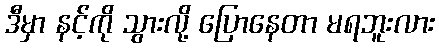
ဒီမှာ နင့်ကို သွားလို့ ပြောနေတာ မရဘူးလား